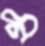
ম